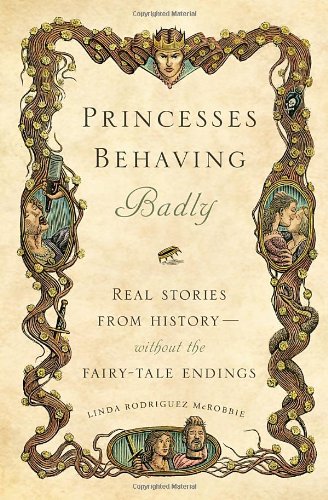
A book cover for Princesses Behaving Badly: Real Stories from History Without the Fairy-Tale Endings; Linda Rodriguez McRobbie; Biographies & Memoirs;